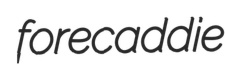
forecaddie